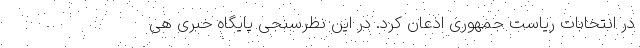
در انتخابات ریاست جمهوری اذعان کرد. در این نظرسنجی پایگاه خبری هی